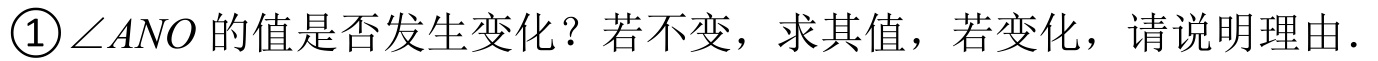
\textcircled{1}$\angle ANO$的值是否发生变化？若不变，求其值，若变化，请说明理由.